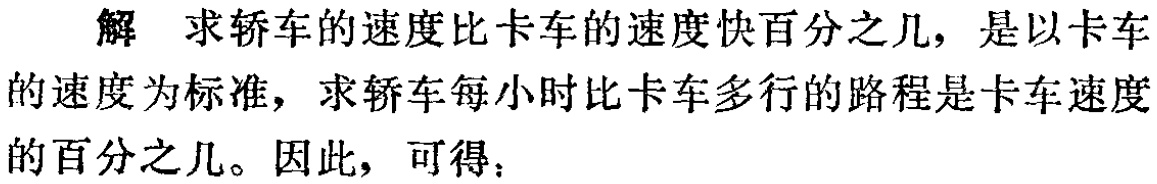
解 求轿车的速度比卡车的速度快百分之几，是以卡车的速度为标准，求轿车每小时比卡车多行的路程是卡车速度的百分之几。因此，可得：